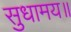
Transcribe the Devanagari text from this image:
सुधामय॥